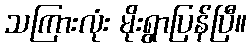
သကြားလုံး မိုးရွာပြန်ပြီ။